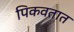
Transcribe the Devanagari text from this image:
पिकवतात